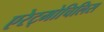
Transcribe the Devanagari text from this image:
एरेट्मोचिलिस